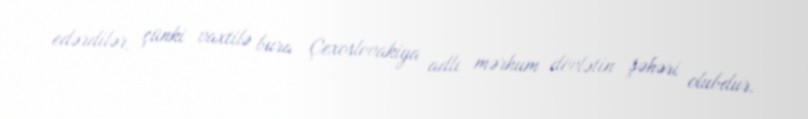
edərdilər, çünki vaxtilə bura Çexoslovakiya adlı mərhum dövlətin şəhəri olubdur.